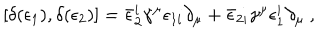
LaTeX: \left[ \delta ( \epsilon _ { 1 } ) , \delta ( \epsilon _ { 2 } ) \right] = \bar { \epsilon } _ { 2 } ^ { i } \gamma ^ { \mu } \epsilon _ { 1 i } \partial _ { \mu } + \bar { \epsilon } _ { 2 i } \gamma ^ { \mu } \epsilon _ { 1 } ^ { i } \partial _ { \mu } \ ,